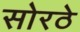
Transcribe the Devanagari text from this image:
सोरठे